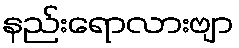
နည်းရောလားဗျာ